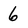
Character: 6